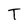
Character: T